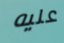
عليه